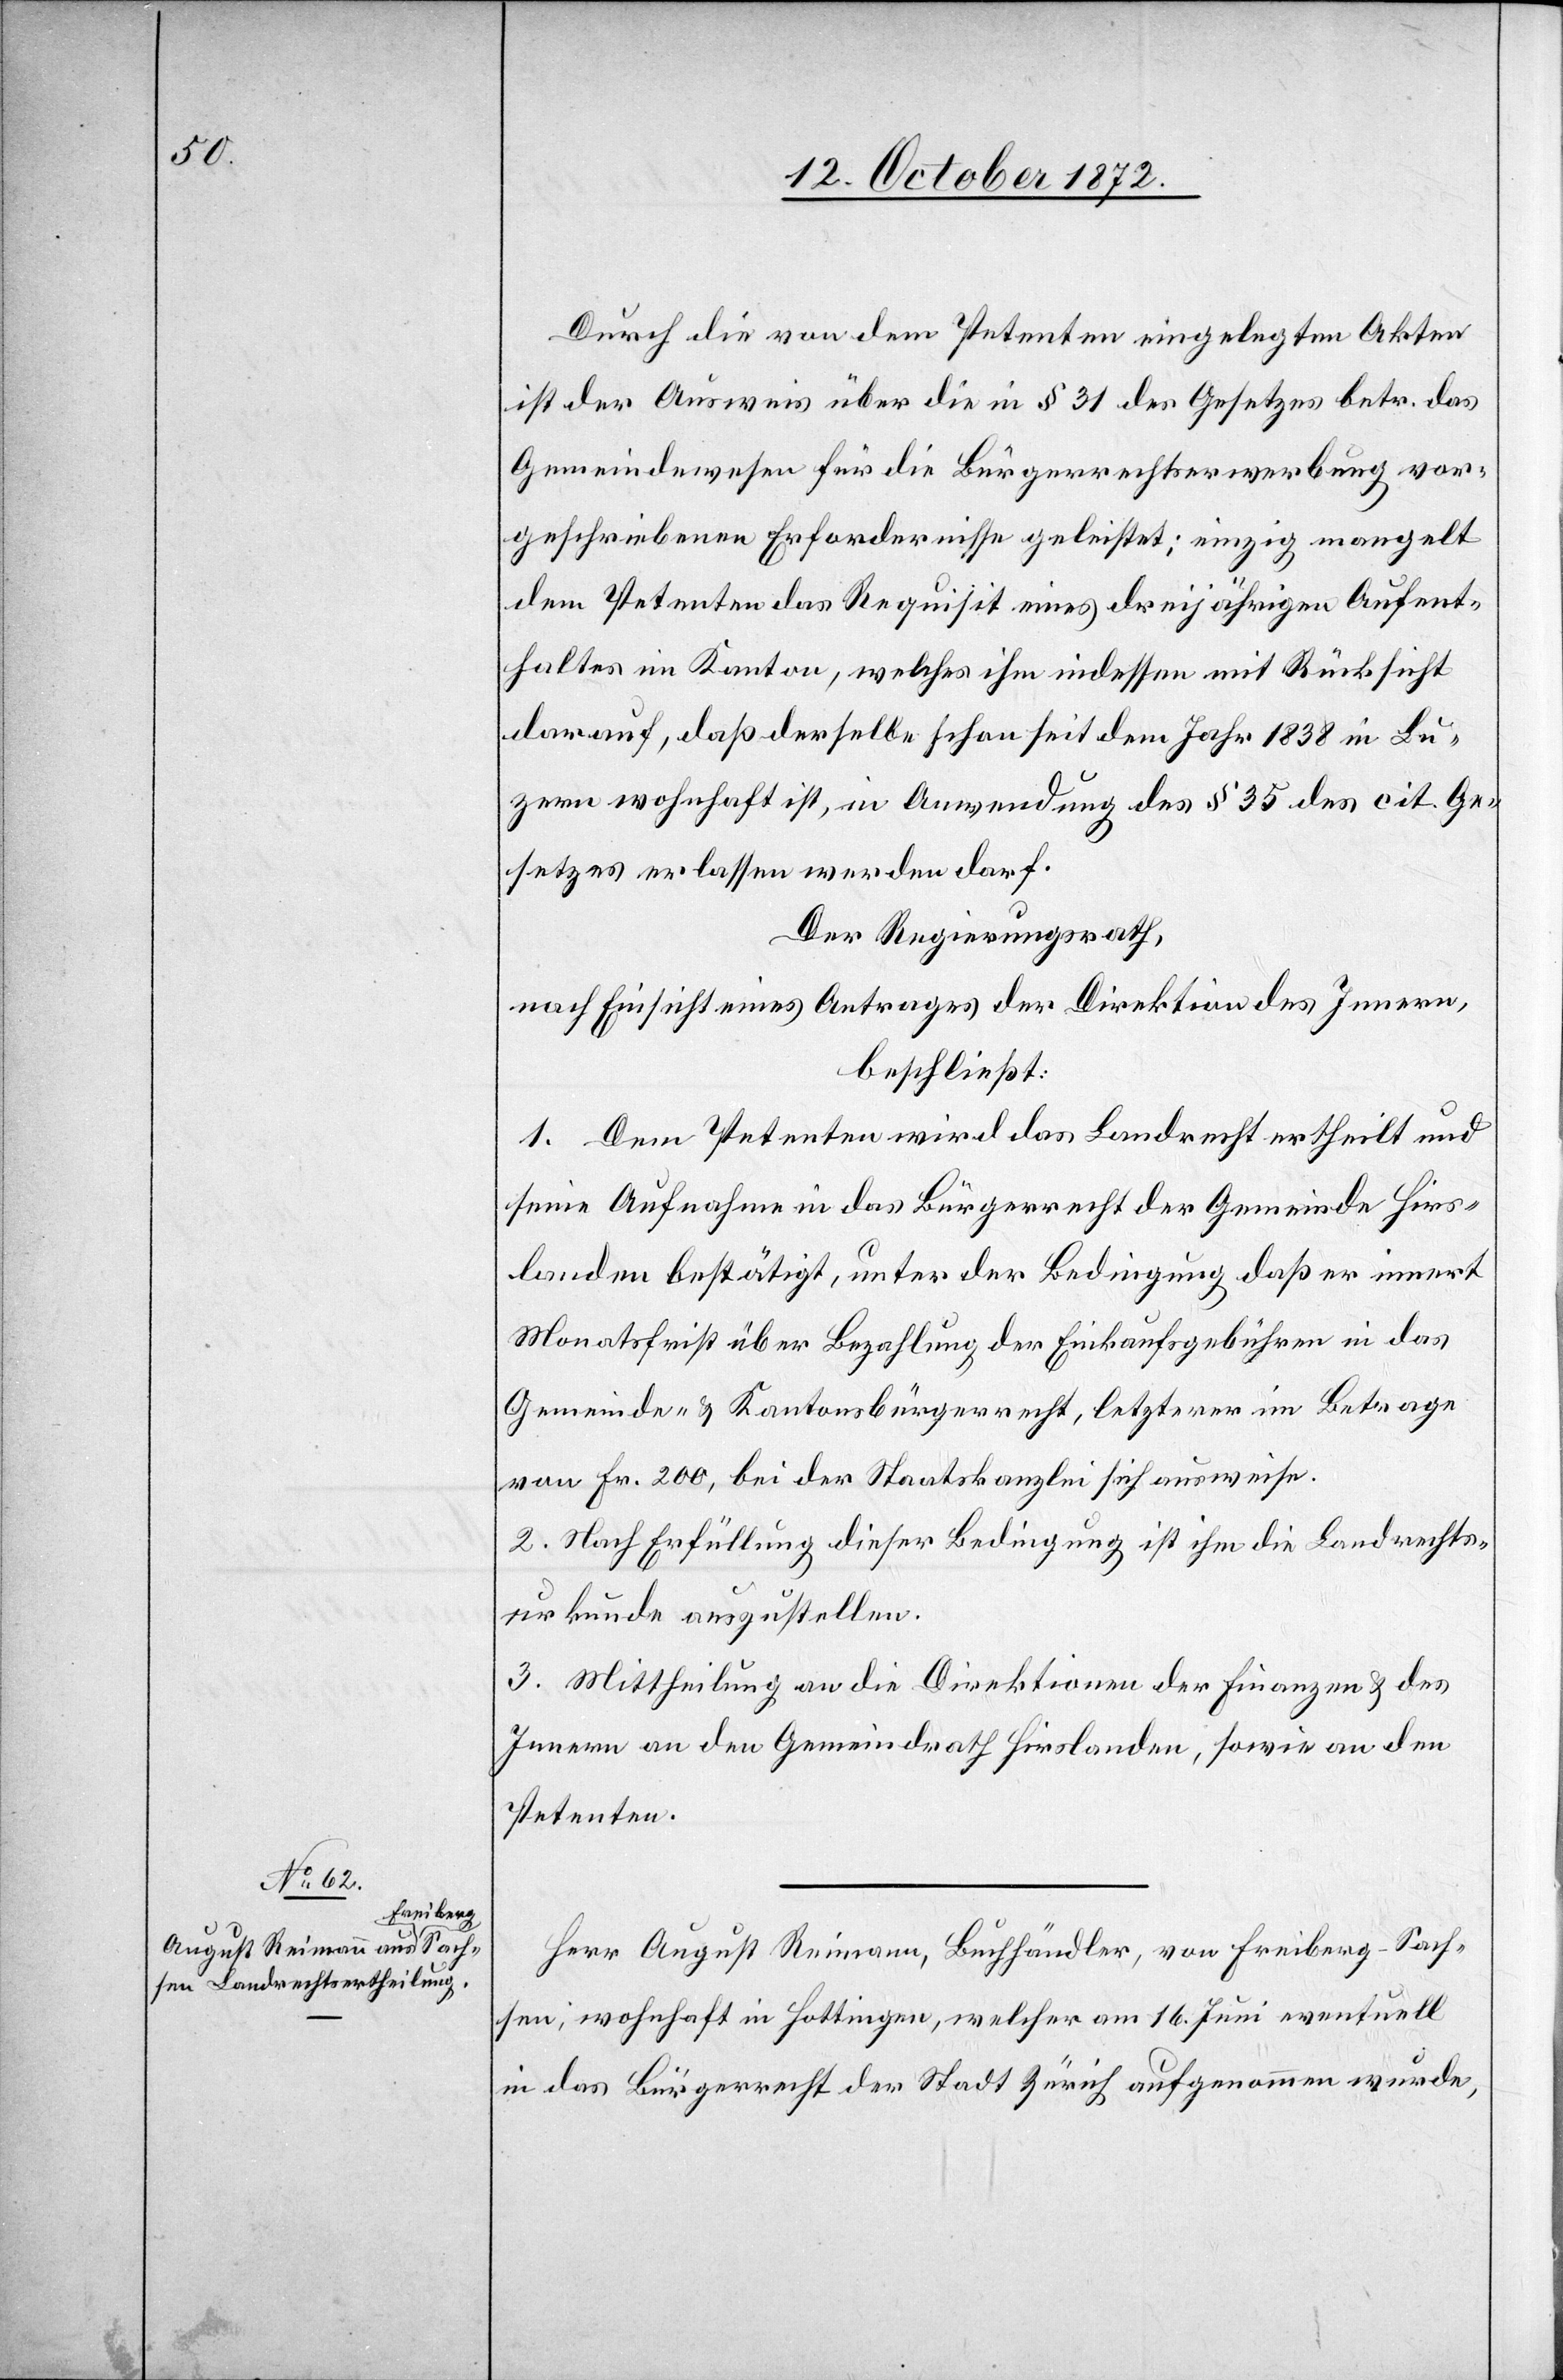
Durch die von dem Petenten eingelegten Akten
ist der Ausweis über die in § 31 des Gesetzes betr. das
Gemeindewesen für die Bürgerrechtserwerbung vor¬
geschriebenen Erfordernisse gleistet; einzig mangelt
dem Petenten das Requisit eines dreijährigen Aufent¬
haltes im Kanton, welches ihm indessen mit Rücksicht
darauf, daß derselbe schon seit dem Jahr 1838 in Lu¬
zern wohnhaft ist, in Anwendung des § 35 des cit. Ge¬
setzes erlassen werden darf.
Der Regierungsrath,
nach Einsicht eines Antrages der Direktion des Innern,
beschließt:
1. Dem Petenten wird das Landrecht ertheilt und
seine Aufnahme in das Bürgerrecht der Gemeinde Hirs¬
landen bestätigt, unter der Bedingung daß er innert
Monatsfrist über Bezahlung der Einkaufsgebühren in das
Gemeinde- u. Kantonsbürgerrecht, letzterer im Betrage
von Fr. 200, bei der Staatskanzlei sich ausweise.
2. Nach Erfüllung dieser Bedingung ist ihm die Landrechts¬
urkunde auszustellen.
3. Mittheilung an die Direktionen der Finanzen u. des
Innern an den Gemeindrath Hirslanden, sowie an den
Petenten.
Herr August Reimann, Buchhändler, von Freiberg-Sach¬
sen, wohnhaft in Hottingen, welcher am 16. Juni eventuell
in das Bürgerrecht der Stadt Zürich aufgenommen wurde,